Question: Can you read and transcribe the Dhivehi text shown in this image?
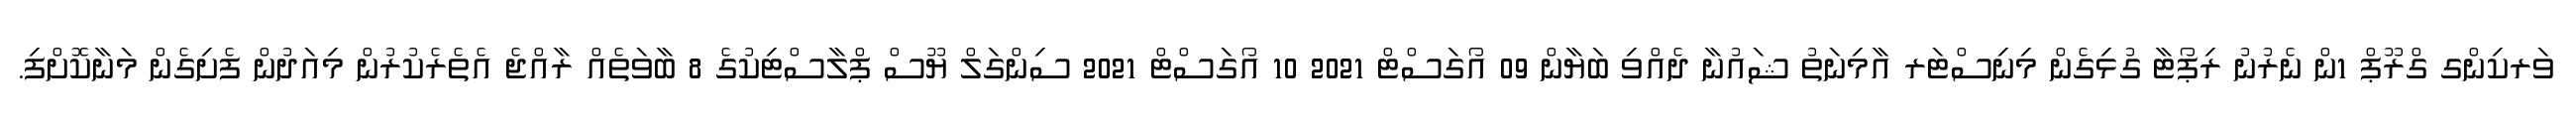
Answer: ވަރކިންގ ގްރޫޕް 1ން ނެރުނު ރިޕޯޓާ ގުޅިގެން މިނިސްޓަރ އާމިނަތު ޝައުނާ ދެއްވި ބަޔާން 09 އޯގަސްޓް 2021 10 އޯގަސްޓް 2021 ސިންގަލް ޔޫސް ޕްލާސްޓިކުގެ 8 ބާވަތެއް ރާއްޖެ އެތެރެކުރުން މިއަދުން ފެށިގެން މަނާކޮށްފި.